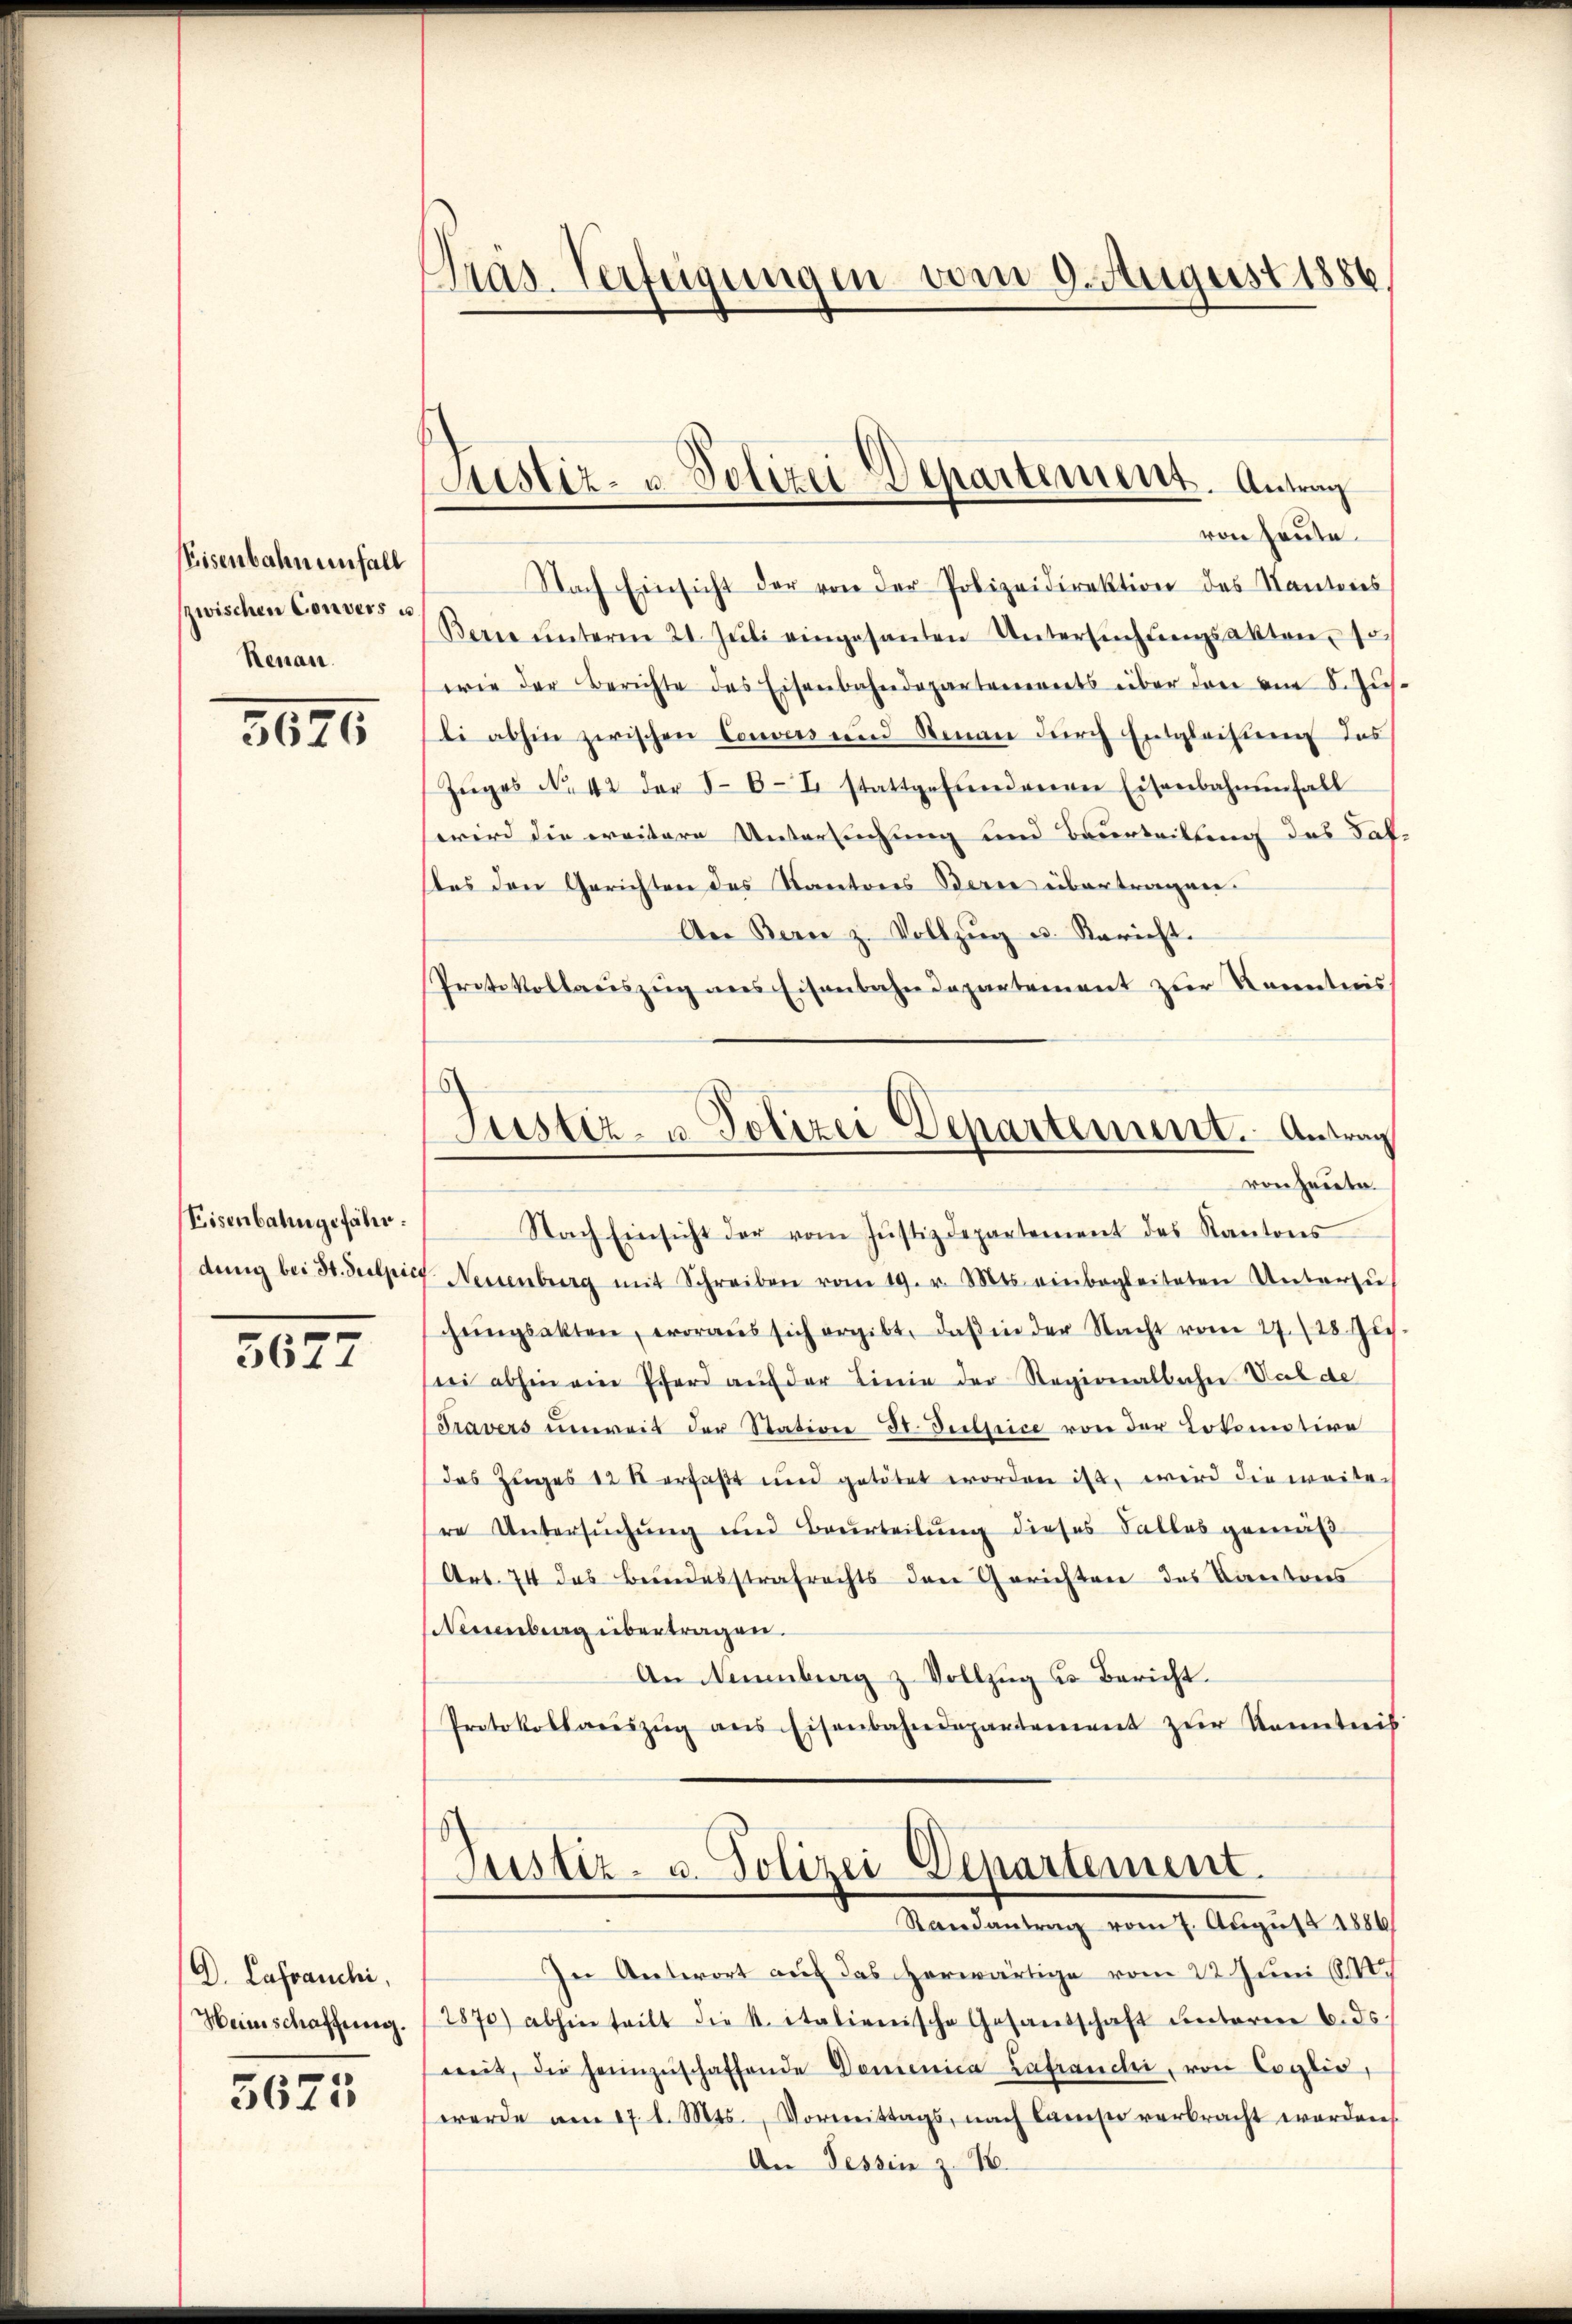
Präs. Verfügungen vom 9. August 1886.

Justiz- u. Polizei Departement. Antrag

von heute
Nach Einsicht der von der Polizeidirektion des Kantons
Berne ŭnterm 21. Jŭli eingesanten Untersŭchŭngsakten so
wie der Berichte des Eisenbahndepartements über den am 8. Jus
li abhin zwischen Convers und Renau durch Entgleitung des
Zŭges No. 42 der 86-I stattgefundenen Eisenbahnenfall
wird die weitere Untersuchung und Beurtrittung des Fal-
tes den Gerichten des Kantons Berne übertragen.
An Bern z. Vollzŭg u. Bericht.
Protokollauszug aus Eisenbahndepartement zur Kenntnis
Justiz- u. Polizei Departement. Antrag
von heute.
Nach Einsicht der vom Justizdepartement des Kantons
Neuenburg mit Schreiben vom 19. v. Mts. einbegleiteten Unterzŭ
chŭngsakten, woraus sich ergibt, daβ in der Nacht vom 27. 128 Zi
rei abhin ein Pferd aŭf der Linie der Regionalbahn Val de
Travers unweis der Station dr Justice von der Lokomotive
das Zuges 128 erfaßt und getötet worden ist, wird die weiten
re Untersuchung und Beurteilung dieses Falles gemäß
(Art. 74 das Beindesstrafrechts den Gerichten des Kantons
Neuenburg übertragen.
An Neuenburg z Vollzŭg u Bericht.
Protokollareszŭg ans Eisenbahndepartement zŭr Kenntnis

Eisenbahn enfall
zwischen Convers u
Renan

5626

Eisenbahngefähr.
dung bei St. Sulpic

5677

Justiz- u. Polizei Departement.
Randantrag vom 7. August 1886

In Antwort auf das herwärtige vom 22. Juni 1844.
2870) abhin teilt die k. italienische Gesandschaft ŭnterm 6. ds.
weit, die heimzŭschaffende Domenica Zafranchi, von Coglia,
werde am 17. d. Mts. Vormittags, nach Cams verbracht worden
An Tessin z. 18.

D. Lafranchi,
Heinschaffung.

5675